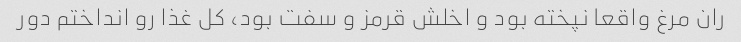
ران مرغ واقعا نپخته بود و اخلش قرمز و سفت بود، کل غذا رو انداختم دور